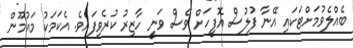
ބެއްލެވުމަށްޓަކައި އޭނާ ފުލުސް އޮފީހަށް ވެސް ވަނީ ހާޒިރު ކުރެވިފައެވެ. އެކަމަކު މައުމޫން